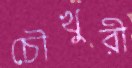
চৌখুরী